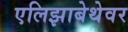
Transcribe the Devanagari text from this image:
एलिझाबेथेवर